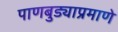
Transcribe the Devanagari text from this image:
पाणबुड्याप्रमाणे